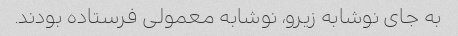
به جای نوشابه زیرو، نوشابه معمولی فرستاده بودند.